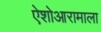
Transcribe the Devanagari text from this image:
ऐशोआरामाला